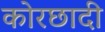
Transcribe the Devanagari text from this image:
कोरछादी